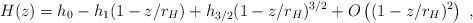
\begin{align*}H(z) = h_0 - h_1 (1- z/r_H) + h_{3/2} (1-z/r_H)^{3/2} + O\left( (1-z/r_H)^2 \right)~,\end{align*}